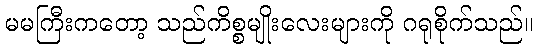
မမကြီးကတော့ သည်ကိစ္စမျိုးလေးများကို ဂရုစိုက်သည်။